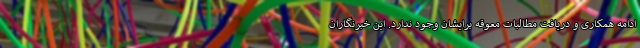
ادامه همکاری و دریافت مطالبات معوقه برایشان وجود ندارد. این خبرنگاران